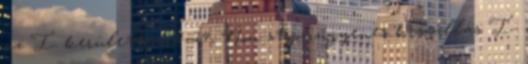
az I. kerületben 0-24, Non stop ingyenes kiszállás I.